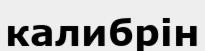
калибрін